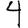
Digit: 4